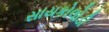
સાયકોલોડી